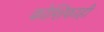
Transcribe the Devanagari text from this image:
कोशिकाही